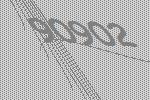
90902